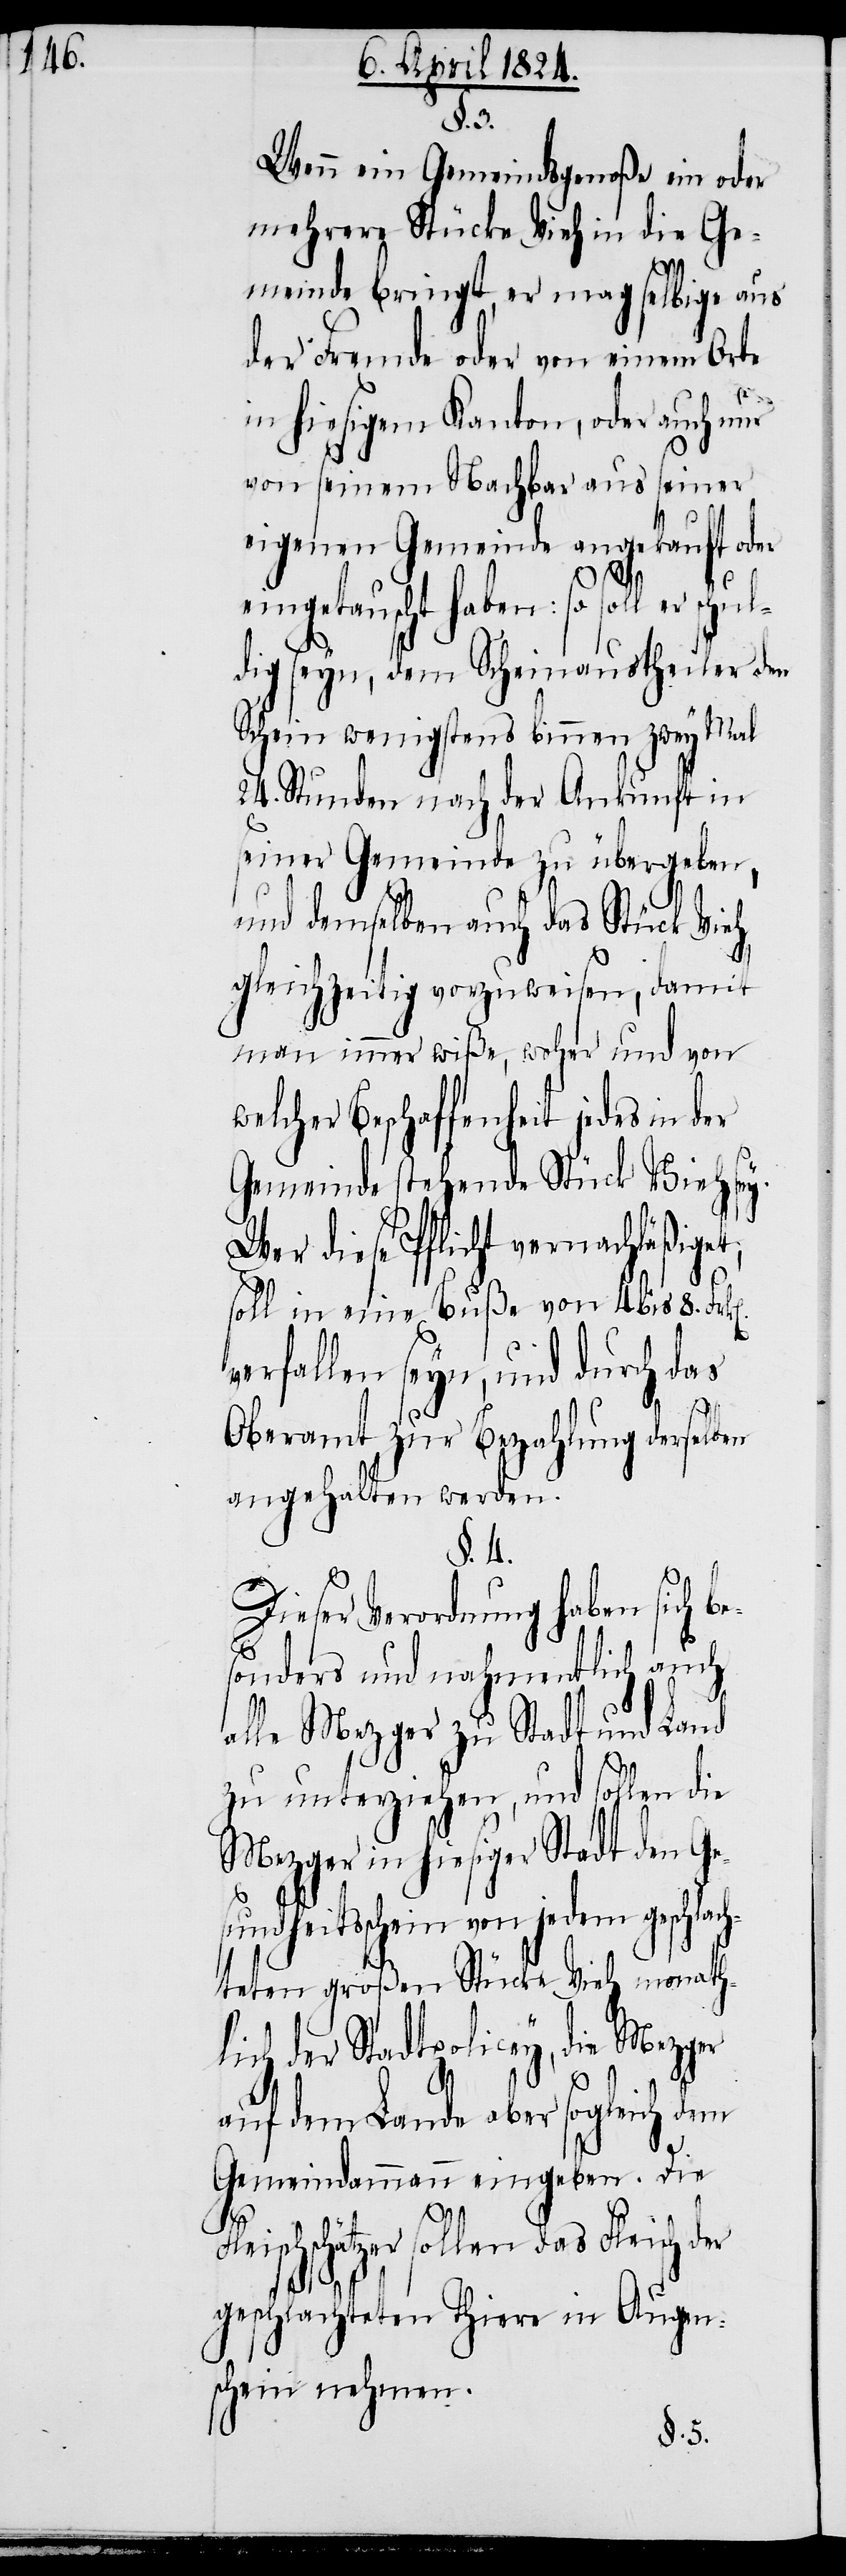
§.3.
Wenn ein Gemeindsgenoße ein oder
mehrere Stücke Vieh in die Ge¬
meinde bringt, er mag selbige aus
der Fremde oder von einem Orte
in hiesigem Kanton, oder auch nur
von seinem Nachbar aus seiner
eigenen Gemeinde angekauft oder
der
ngetauscht haben: so soll er
dig seyn, dem Scheinaustheiler den
Schein wenigstens binnen zwey Mal
24. Stunden nach der Ankunft in
seiner Gemeinde zu übergeben,
und demselben auch das Stück Vieh
gleichzeitig vorzuweisen, damit
man immer wiße, woher und von
welcher Beschaffenheit jedes in der
Gemeinde stehende Stück Vieh se¬
wer diese Pflicht vernachläßiget;
soll in eine Buße 4. bis 8.
verfallen seyn, und durch das
Oberamt zur Bezahlung derselben
angehalten werden.
§. 4.
Dieser Verordnung haben sich b¬
sonders und nahmentlich auch
alle Mezger zu Stadt und Land
zu unterziehen, und sollen die
Mezger in hiesiger Stadt den Ge¬
sundheitsschein von jedem geschlach¬
teten großen Stücke Vieh monath¬
lich der Stadtpolicey, die Mezger
auf dem Lande aber sogleich dem
Gemeindammann eingeben. Die
schschätzer sollen das Fleisch
geschlachteten Thiere in Augen¬
schein nehmen.